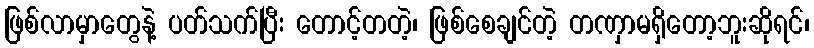
ဖြစ်လာမှာတွေနဲ့ ပတ်သက်ပြီး တောင့်တတဲ့၊ ဖြစ်စေချင်တဲ့ တဏှာမရှိတော့ဘူးဆိုရင်၊